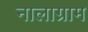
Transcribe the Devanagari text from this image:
नालाग्राम